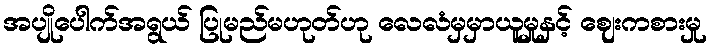
အပျိုပေါက်အရွယ် ပြုမည်မဟုတ်ဟု လေလံမှမှာယူမှုနှင့် ဈေးကစားမှု